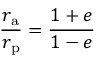
{ \frac { r _ { \mathrm { a } } } { r _ { \mathrm { p } } } } = { \frac { 1 + e } { 1 - e } }